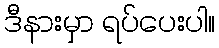
ဒီနားမှာ ရပ်ပေးပါ။